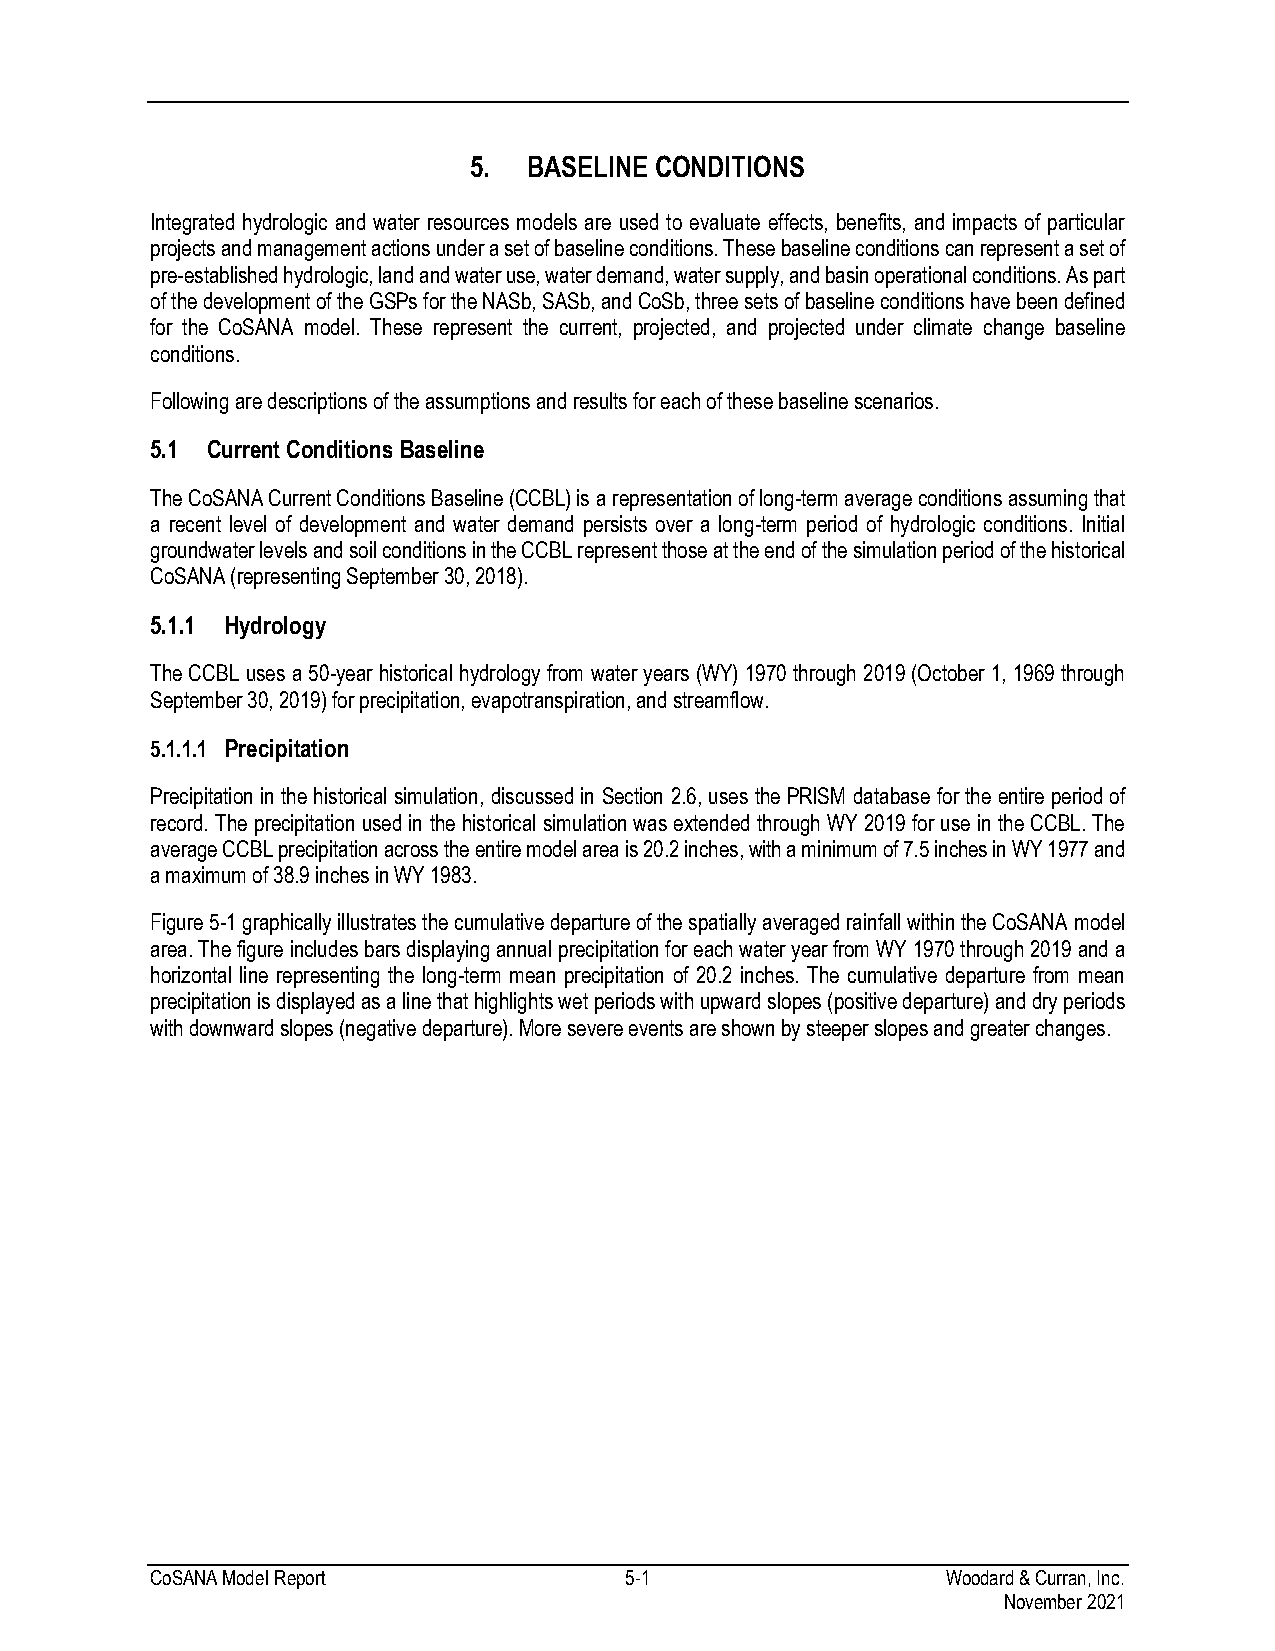
5.  BASELINE CONDITIONS
 Integrated hydrologic and water resources models are used to evaluate effects, benefits, and impacts of particular
 projects and management actions under a set of baseline conditions. These baseline conditions can represent a set of
 pre-established hydrologic, land and water use, water demand, water supply, and basin operational conditions. As part
 of the development of the GSPs for the NASb, SASb, and CoSb, three sets of baseline conditions have been defined
 for the CoSANA model. These represent the current, projected, and projected under climate change baseline
 conditions.
 Following are descriptions of the assumptions and results for each of these baseline scenarios.
 5.1 Current Conditions Baseline
 The CoSANA Current Conditions Baseline (CCBL) is a representation of long-term average conditions assuming that
 a recent level of development and water demand persists over a long-term period of hydrologic conditions. Initial
 groundwater levels and soil conditions in the CCBL represent those at the end of the simulation period of the historical
 CoSANA (representing September 30, 2018).
 5.1.1 Hydrology
 The CCBL uses a 50-year historical hydrology from water years (WY) 1970 through 2019 (October 1, 1969 through
 September 30, 2019) for precipitation, evapotranspiration, and streamflow.
 5.1.1.1 Precipitation
 Precipitation in the historical simulation, discussed in Section 2.6, uses the PRISM database for the entire period of
 record. The precipitation used in the historical simulation was extended through WY 2019 for use in the CCBL. The
 average CCBL precipitation across the entire model area is 20.2 inches, with a minimum of 7.5 inches in WY 1977 and
 a maximum of 38.9 inches in WY 1983.
 Figure 5-1 graphically illustrates the cumulative departure of the spatially averaged rainfall within the CoSANA model
 area. The figure includes bars displaying annual precipitation for each water year from WY 1970 through 2019 and a
 horizontal line representing the long-term mean precipitation of 20.2 inches. The cumulative departure from mean
 precipitation is displayed as a line that highlights wet periods with upward slopes (positive departure) and dry periods
 with downward slopes (negative departure). More severe events are shown by steeper slopes and greater changes.
 CoSANA Model Report            5-1                   Woodard & Curran, Inc.
 November 2021